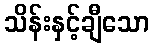
သိန်းနှင့်ချီသော